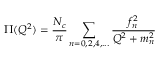
\Pi ( Q ^ { 2 } ) = \frac { N _ { c } } { \pi } \sum _ { n = 0 , 2 , 4 , . . . } \frac { f _ { n } ^ { 2 } } { Q ^ { 2 } + m _ { n } ^ { 2 } }